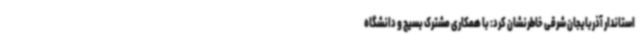
استاندار آذربایجان شرقی خاطرنشان کرد: با همکاری مشترک بسیج و دانشگاه